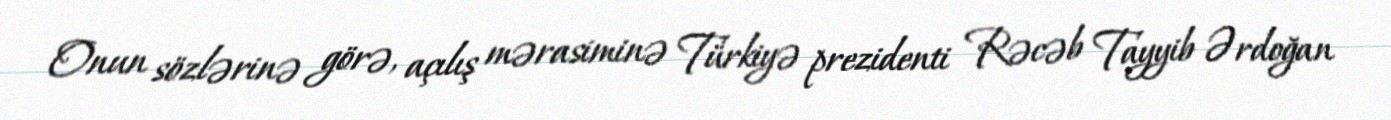
Onun sözlərinə görə, açılış mərasiminə Türkiyə prezidenti Rəcəb Tayyib Ərdoğan